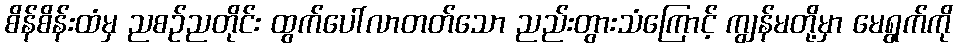
စိန်စိန်းထံမှ ညစဉ်ညတိုင်း ထွက်ပေါ်လာတတ်သော ညည်းတွားသံကြောင့် ကျွန်မတို့မှာ မေရွက်ကို